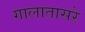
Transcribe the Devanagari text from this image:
गालातासरे